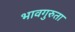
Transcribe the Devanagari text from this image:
भावगुरुता